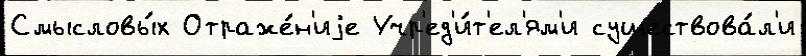
Смысловы́х Отраже́н'иjе Учр'ед'и́т'ел'ям'и существова́л'и